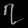
Digit: ၇